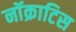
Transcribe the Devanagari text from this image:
नॉक्राटिस